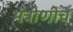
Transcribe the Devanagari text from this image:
मंत्रीणीचे